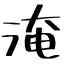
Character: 淹